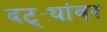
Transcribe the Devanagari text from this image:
दट्ट्यांवर